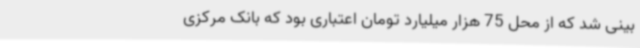
بینی شد که از محل 75 هزار میلیارد تومان اعتباری بود که بانک مرکزی